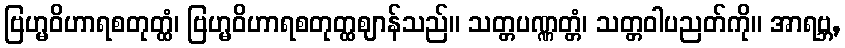
ဗြဟ္မဝိဟာရစတုတ္ထံ၊ ဗြဟ္မဝိဟာရစတုတ္ထဈာန်သည်။ သတ္တပဏ္ဏတ္တံ၊ သတ္တဝါပညတ်ကို။ အာရဗ္ဘ,